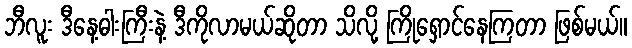
ဘီလူး ဒီနေ့ဓါးကြီးနဲ့ ဒီကိုလာမယ်ဆိုတာ သိလို့ ကြိုရှောင်နေကြတာ ဖြစ်မယ်။